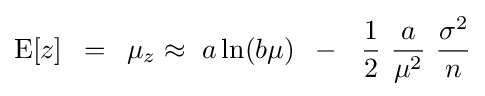
{\rm {E}}[z]\,\,\,=\,\,\,\mu _{z}\approx \,\,a\ln(b\mu )\,\,\,-\,\,\,\,{\frac {1}{2}}\,\,{\frac {a}{\mu ^{2}}}\,\,{\frac {\sigma ^{2}}{n}}